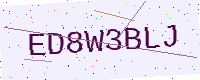
Text: ED8W3BLJ